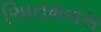
અિતમનસ